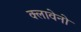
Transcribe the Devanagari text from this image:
क्लावेनो